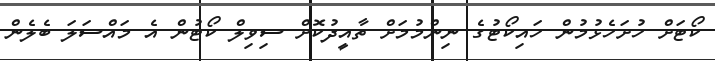
ކޯޓަށް ހުށަހެޅުމުން ހައިކޯޓުގެ ނިންމުމަށް ތާއީދުކޮށް ސިވިލް ކޯޓުން އެ މައްސަލަ ބެލެން